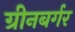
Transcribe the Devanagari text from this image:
ग्रीनबर्गर